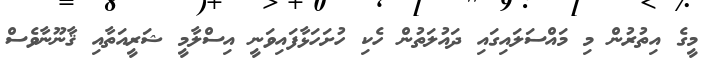
މީގެ އިތުރުން މި މައްސަލައިގައި ދައުލަތުން ހެކި ހުށަހަޅާފައިވަނީ އިސްލާމީ ޝަރީއަތާއި ޤާނޫނާވެސް